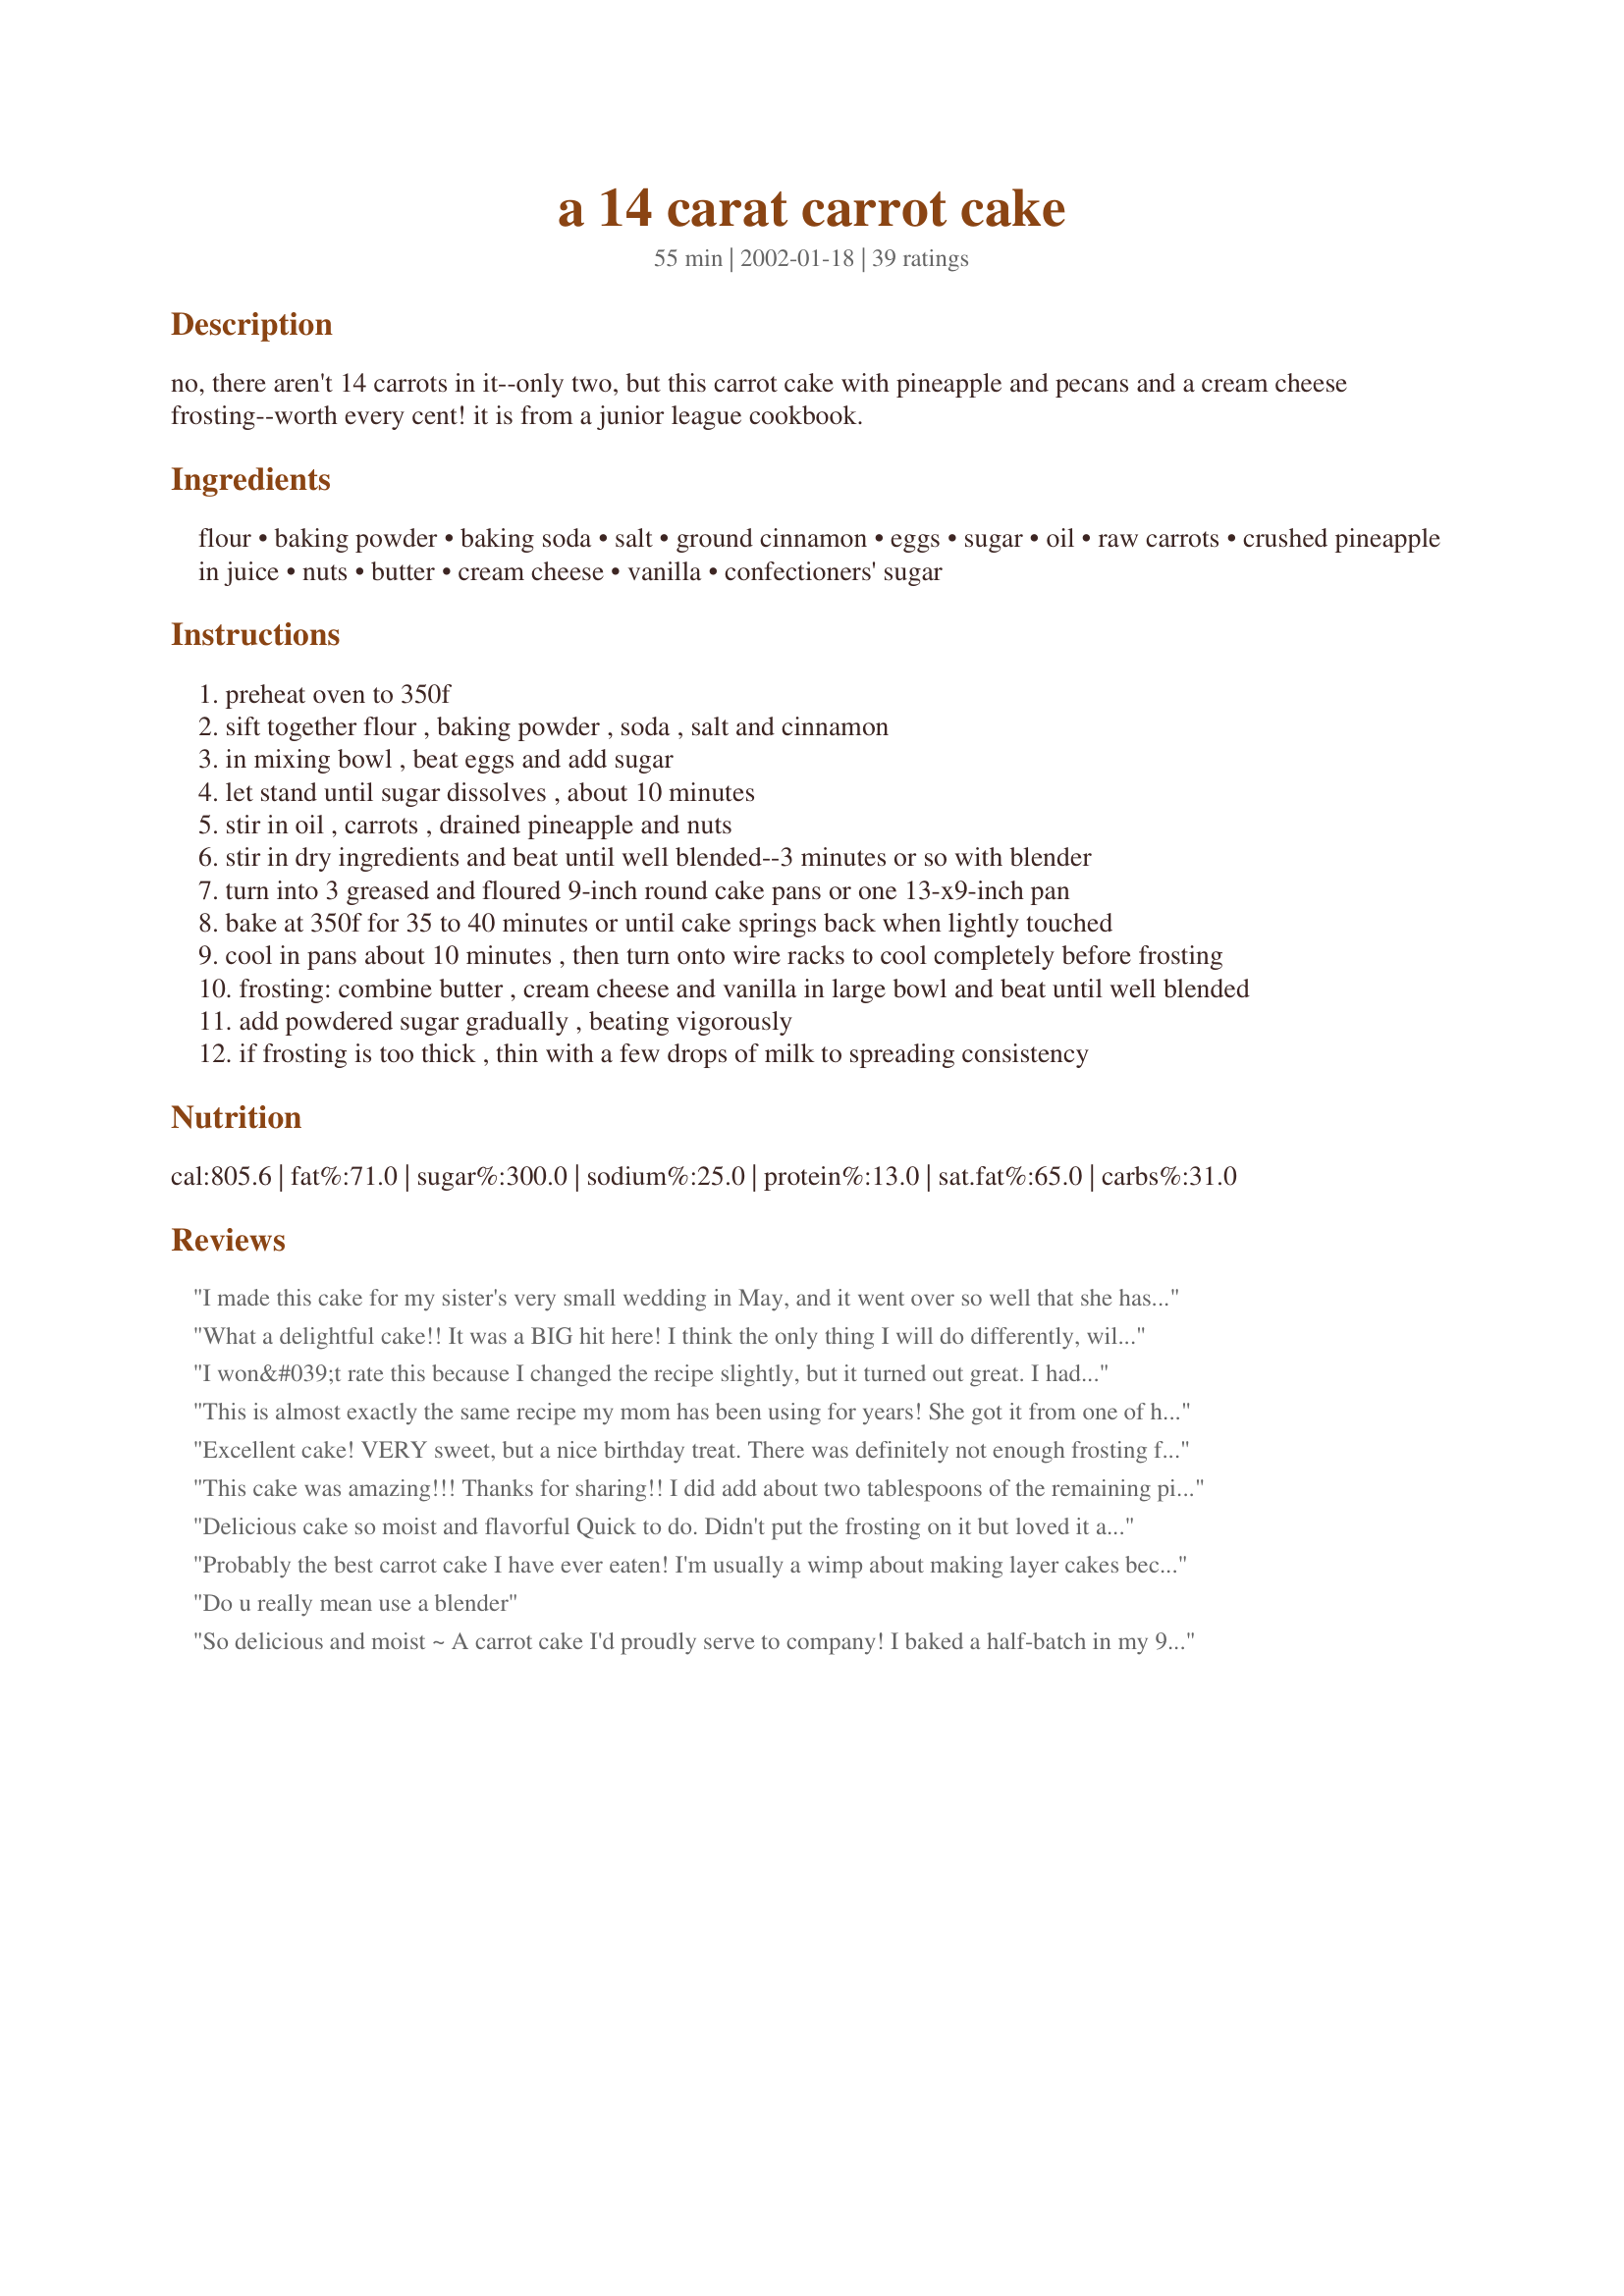
a 14 carat carrot cake
Preparation time: 55 minutes

no, there aren't 14 carrots in it--only two, but this carrot cake with pineapple and pecans and a cream cheese frosting--worth every cent! it is from a junior league cookbook.

Ingredients:
flour, baking powder, baking soda, salt, ground cinnamon, eggs, sugar, oil, raw carrots, crushed pineapple in juice, nuts, butter, cream cheese, vanilla, confectioners' sugar

Steps:
preheat oven to 350f
sift together flour , baking powder , soda , salt and cinnamon
in mixing bowl , beat eggs and add sugar
let stand until sugar dissolves , about 10 minutes
stir in oil , carrots , drained pineapple and nuts
stir in dry ingredients and beat until well blended--3 minutes or so with blender
turn into 3 greased and floured 9-inch round cake pans or one 13-x9-inch pan
bake at 350f for 35 to 40 minutes or until cake springs back when lightly touched
cool in pans about 10 minutes , then turn onto wire racks to cool completely before frosting
frosting: combine butter , cream cheese and vanilla in large bowl and beat until well blended
add powdered sugar gradually , beating vigorously
if frosting is too thick , thin with a few drops of milk to spreading consistency

Reviews:
I made this cake for my sister's very small wedding in May, and it went over so well that she has asked me to make it for her bigger wedding reception in August. I would say more than 5 stars from anyone who tried it.Will probably make it in the form of a sheet cake for the reception. Thanks Sharlene :-).
What a delightful cake!! It was a BIG hit here! I think the only thing I will do differently, will add more cinnamon, didn't have enough for me. Other than that, THE BEST!! Thanks for posting!
I won&#039;t rate this because I changed the recipe slightly, but it turned out great. I had a jar of baby food carrots that I substituted for an equal amount of the oil. I&#039;m not sure if it made any difference but the cake was EXTREMELY moist and not greasy or heavy at all!
This is almost exactly the same recipe my mom has been using for years! She got it from one of her coworkers, a fabulous cook, years ago. All the ingredients and measurements are the same, except hers also includes 1/2 cup of flaked coconut. My mom is famous amongst family and friends for this wonderful cake. Everyone always asks for the recipe. I've never felt the need to look for another recipe because this is the best carrot cake I've ever tasted.
Excellent cake! VERY sweet, but a nice birthday treat. There was definitely not enough frosting for a 3-layer cake so I ended up using a can of vanilla and mixing in some cinnamon for the inside layers. So, you may want to double the recipe. Other than that, super!!!
This cake was amazing!!! Thanks for sharing!! I did add about two tablespoons of the remaining pineapple juice to the frosting and it was sooo creamy and fruity as well, a HUGE hit with my family!
Delicious cake so moist and flavorful Quick to do. Didn't put the frosting on it but loved it anyway.
Probably the best carrot cake I have ever eaten! I'm usually a wimp about making layer cakes because I can't get them to look good, but this one was beautiful. Wonderful texture, wonderful flavor, and the icing is divine. Thanks for a great one!
Do u really mean use a blender
So delicious and moist ~ A carrot cake I'd proudly serve to company! I baked a half-batch in my 9x9" pan for 35 minutes and added a splash of lemon juice to the frosting. Otherwise, I made NO changes to this excellent recipe ~ Thanks so much for sharing it!
Fantastic recipe.
I've made this recipe many times and always a huge success. Had to do some variations on some of the ingredients while in Jamaica..fresh coconut and pineapple.. awesome!!!
I've been making this exact recipe for 30 years. It was originally in the LA Times Cookbook that my mom had. I cut back on the oil by about 1/4 cup and I don't drain the pineapple. It comes out so moist. I recommend grating your own carrots and not using store bought grated carrots. They are too thinck and change the texture of the cake. I also cut back on the sugar in the frosting.
My first carrot cake and it was a success. It was so moist! Everyone loved it and will definately be making again.
I agree with all, & it was almost perfect. I never change a recipe the first time I make it, but to make it perfect I did just 2 things. I had to have golden raisins in there or it wouldn't be carrot cake. I also had to add 1 tsp. of cloves------perfect carrot cake has to be spicy & the combo of cinnamon + cloves does it for me! Now it's perfect. Thanks so much Sharlene, I was actually craving carrot cake & you saved me!
I have made this recipe for over 34 years. My parents say this is the best carrot cake they have ever eaten.
Super recipe. Great texture, just the right amount of sweetness - gobs of frosting. It's a winner!
Supreme carrot cake! It was moist as could be, and the pineapple adds a lovely hint of flavor and extra moistness. I added a pinch of cloves, used baby carrots grated in my food processor, and used whipped cream cheese (not light) in the tub for the frosting. It was actually easier to mix the frosting and I didn't need to add any milk, which I usually do when working with block-style cream cheese. This makes a delicious cake, not too sweet, perfectly complimented by the frosting, which is also not tooth-aching sugary.
This cake has a really nice flavor, I found it to be a little heavy, but my family all loved it when I made if for Easter. I added a touch of clove, but that was the only alteration I made. It was very moist.
DESERVES 10 STARS! I have made this twice now and it is absolutely delicious and moist! I found that you can cut the recipe in half to make 1 bundt cake/1 loaf pan/12 cupcakes.

To make this recipe healthier, I switched the cream cheese frosting (I love it too!) to a maple syrup glaze. I heated up 2 TBL maple syrup with 1 TBL unsalted butter in a saucepan and drizzled it over the cake. Then I mixed 1 TBL of sugar and 1/4 tsp cinnamon and topped the cake! Still VERY delicious with a lot less saturated fat!
This carrot cake is excellent! Deserves more then the 5 stars! Everyone loved it. Moist and the frosting compliments it just right. A very good scratch carrot cake. I'll make this again!
when i first joined back in 2002 i was looking for a great carrot cake,and this is the one that caught my eye. i made it again today and it tastes just as wonderful as it did then.when i made it this time,instead of finely grating all of the carrots i rough grated some for a different type of texture. if you want an 
excellent carrot cake,look no further you found it. if i could give it more than 5 '*s .thank you so much for posting.
Made this once before, and, as before, didn't disappoint. This is a very delicious cake, not heavy or oily at all. I expect this to be gobbled up, as the last one was. Next time, will add some raisins, but this original recipe is great. Made in a 9X13 pan. Will post pics.
Carrot cake is my husband's favorite, so I decided to make if for him. This was my first time, but it turned out great. I had to use a 13X9, but it didn't make a difference. I also had a mishap with the pineapples(they fell out of the back of the truck) on the way home from the grocery store, so I didn't use them. The only thing I didn't like was the cake didn't look that good when I took it out of the oven, but it still tasted great!! Thanks for the recipe!
excellent! We had this for Easter Sunday and everyone loved it...well worth the effort to prepare.
Excellent carrot cake - I used 1 cup white sugar and 1/2 cup brown (and I think it is sweet enough!), and 3/4 cup oil plus 1/2 cup applesauce. I also soaked some raisins in boiling water for a few minutes, and added some nutmeg and vanilla as well. I subbed half the flour for white whole-wheat, and left out the nuts - and even with all these changes it's delicious! I'd love to try the frosting next time. Thank you!
I wanted a healthy cake for my daughter's 1st birthday, & this seemed to fit the bill. I used applesauce in place of the oil, added a tiny bit of clove & left out the nuts so she wouldn't choke. Everyone loved the resulting cupcakes!! I also used only 1/2 of the sugar in the frosting, as I didn't want her bouncing off the walls. Very good recipe... Thanks!!
This cake was a hit!! I made this for a dinner party (8 adults). The cake was completely gone the next day. I did change the recipe a little - instead of 8 oz of pineapple drained, I put in 20 oz can drained. It was so moist, it was amazing!
I worked as a computer typist at the Los Angeles Times back in 1972 when the food editor brought down about six or seven carrot cake recipes to be published in the Sunday edition. I typed them all, but the one I liked the best was the one labeled &quot;14 Karet Cake&quot; and I've been using this one ever since. It's the best. I sometimes add raisins to it, but the original with nuts is still the best.
My DD has been bugging me to make her a carrot cake, and simply loves cream cheese frosting. So when I saw this recipe it was as if Sharlene had heard her. I made this up and it was moist and delicious, with raves from my baby girl. The only thing I am going to do different next time I make it is add a cup of raisins...a personal preference, and certain it will add to an already great cake. Thank You so much for this wonderful recipe.
The recipe was very straight forward and since this was my first time making a carrot cake that was very helpful. Followed recipe as is. Everyone enjoyed the cake. Thanks for the recipe.
OH_MY_GOD! This recipe is the best! I was searching for the carrot cake recipe that would be close to the cake that our local restaurant serves ( they are claiming that they have the best carrot cake in the US) Not anymore! I did add a lemon juice and the zest to the icing, I also added some raisins into the cake. Look no more, this recipe is the best!
My son was shopping with me and saw a carrot cake mix and frosting set for easter and wanted me to buy it and make it. It was 4.99 and I thought, i'm an ok baker, i'll find a recipe and make it. Well let me say, this was awesome, they ate it up. GREAT!!!
Add a few drops of maple flavoring to frosting
Great recipe! I only made a couple of changes to the recipe, I substituted 1/2 cup of pineapple juice (drained off the crushed pineapple) for 1/2 cup of the oil, used a bundt pan and it turned out fantastic. I took it to a charity tea we were hosting and one of the patrons told my mother (not knowing I had made the cake) that is was the absolute best carrot cake she'd ever tasted...I wouldn't know, I never got a piece! This is a definite keeper. Thanks for sharing!
Easily one of the all time best carrot cakes...addictive
This is really the best carrot cake! It deserves 10 stars! Absolutely perfect!
I have a similar recipe from an Austin Junior Forum cookbook "Lonestar Legacy." It is similar to this but uses 1 cup white sugar and 1 cup brown sugar and an optional 3 oz's of flaked coconut. I add walnuts instead of pecans (though I love pecans!) and I don't go overboard draining the crushed pineapple. This cake always gets raves. It is a rich cake so I always line the cake pans (three 9") with oil, flour and a round of parchment paper.
I use only half the oil and sugar called for in this recipe to cut some of the calories. Still turns out great! Certainly a personal preference. Also save the juice from the pineapple and make pineapple mimosas with Prosecco. And if making for adults only will sometimes add a couple tablespoons of brandy, rum or bourbon to the frosting recipe. The recipe is forgiving and as others have posted, you can add other things to make it your own. I always make the recipe as written first, then chage or tweak for fun variations on a great theme. Trust me, in 45 years of cooking and baking, I have made a few things that did not turn out well. How do you know till you try?
